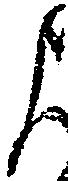
よ